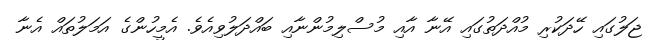
ޖަލުގައި ހޭދަކުރި މުއްދަތުގައި އޭނާ އާއި މުސްލިމުންނާއި ބައްދަލުވިއެވެ. އެމީހުންގެ އަމަލުތައް އެނާ